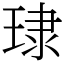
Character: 㻖